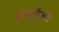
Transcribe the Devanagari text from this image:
अंशूपूँजी